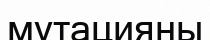
мутацияны